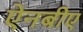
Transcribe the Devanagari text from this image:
ऐनबीए